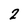
Character: 2